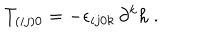
LaTeX: T _ { ( i j ) 0 } = - \epsilon _ { i j 0 k } { } \, \partial ^ { k } h \ .